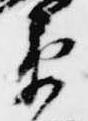
衛